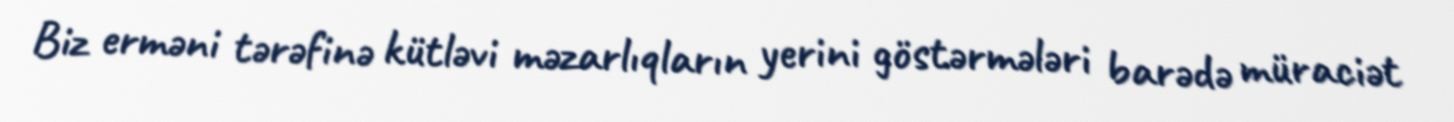
Biz erməni tərəfinə kütləvi məzarlıqların yerini göstərmələri barədə müraciət